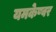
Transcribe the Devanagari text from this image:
यमकेष्वर